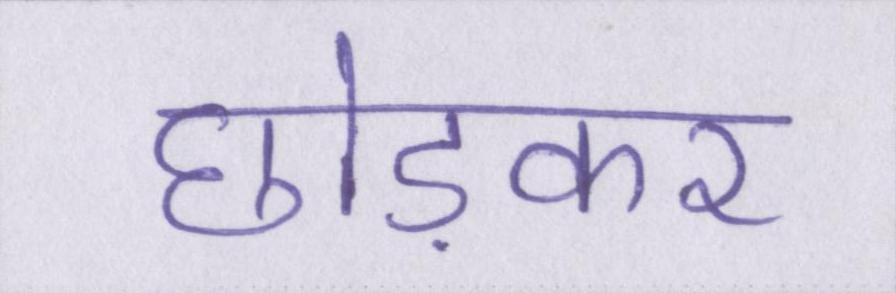
छोड़कर